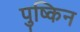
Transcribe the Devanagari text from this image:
पुष्किन